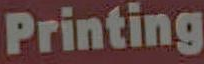
Printing